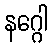
နဂ္ဂေါ